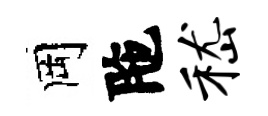
岡陁嵇